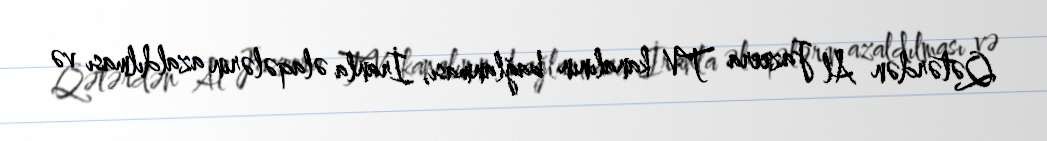
Qətərdən Al Jazeera TV kanalının bağlanması, İranla əlaqələrin azaldılması və